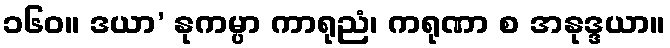
၁၆၀။ ဒယာ’ နုကမ္ပာ ကာရုညံ၊ ကရုဏာ စ အနုဒ္ဒယာ။